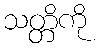
သတ္တိကို